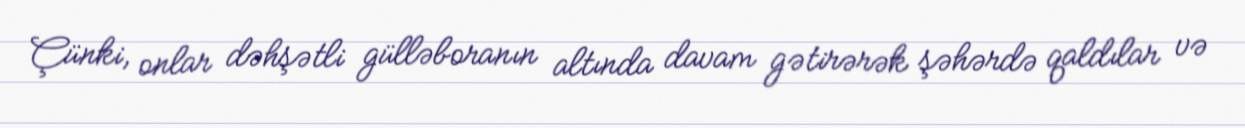
Çünki, onlar dəhşətli gülləboranın altında davam gətirərək şəhərdə qaldılar və